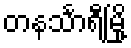
တနင်္သာရီမြို့